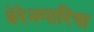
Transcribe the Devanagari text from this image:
बेरेनगारिया